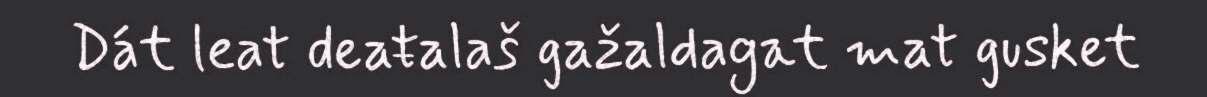
Dát leat deaŧalaš gažaldagat mat gusket